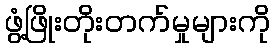
ဖွံ့ဖြိုးတိုးတက်မှုများကို